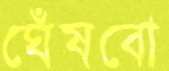
ঘেঁষবো